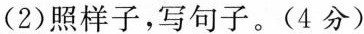
(2)照样子，写句子。(4分)